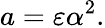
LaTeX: a=\varepsilon\alpha^{2}.